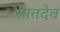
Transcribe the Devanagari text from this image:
सातदेव